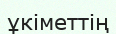
ұкіметтің